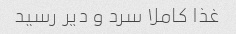
غذا کاملا سرد و دیر رسید